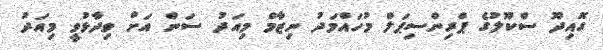
ގޮއިދޫ ސްކޫލުގެ ޕްރިންސިޕަލް މުހައްމަދު ނިޒާމް މިއަދު ސަން އަށް ވިދާޅުވީ މިއަދު